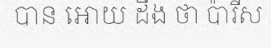
បាន អោយ ដឹង ថា ប៉ារីស